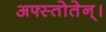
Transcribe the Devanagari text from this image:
अफ्स्तोतेन्।